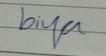
Signature authenticity: genuine